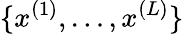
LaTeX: \{ x^{(1)},\ldots,x^{(L)}\}